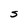
Character: S